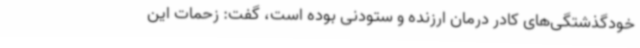
خودگذشتگی‌های کادر درمان ارزنده و ستودنی بوده است، گفت: زحمات این